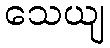
သေယျ